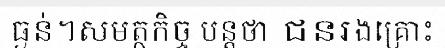
ធ្ងន់។សមត្ថកិច្ច បន្តថា ជនរងគ្រោះ